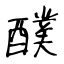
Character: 醭